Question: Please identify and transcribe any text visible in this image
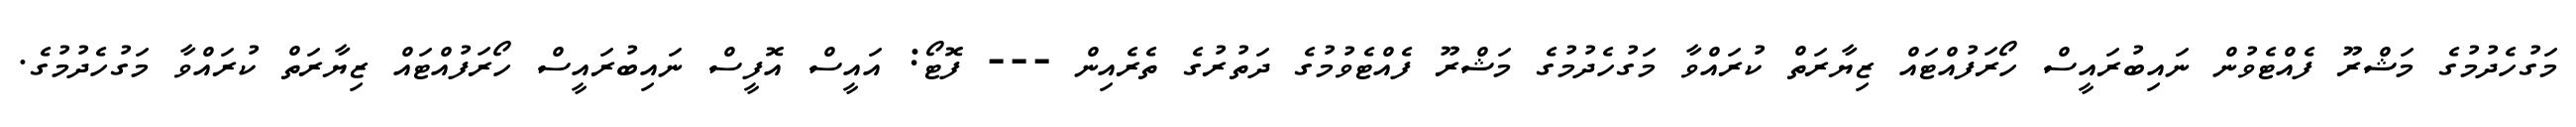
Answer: މަގުހެދުމުގެ މަޝްރޫ ފެއްޓެވުން ނައިބުރައީސް ހޯރަފުއްޓައް ޒިޔާރަތް ކުރައްވާ މަގުހެދުމުގެ މަޝްރޫ ފެއްޓެވުމުގެ ދަތުރުގެ ތެރެއިން --- ފޮޓޯ: އައީސް އޮފީސް ނައިބުރައީސް ހޯރަފުއްޓައް ޒިޔާރަތް ކުރައްވާ މަގުހެދުމުގެ.